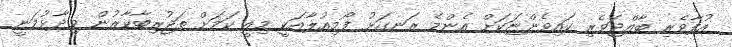
އުފާވެރި ބާއްޖަވެރި ކައިވެންޏަކަށް އެންމެ ރަނގަޅު ފޯމިއުލާއަކީ މިއީ ކަމަށް ތަޖުރިބާކާރުން ވިދާޅުވަނީ